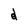
Character: d